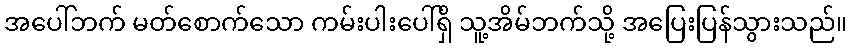
အပေါ်ဘက် မတ်စောက်သော ကမ်းပါးပေါ်ရှိ သူ့အိမ်ဘက်သို့ အပြေးပြန်သွားသည်။